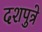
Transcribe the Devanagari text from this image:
दशपुत्रे